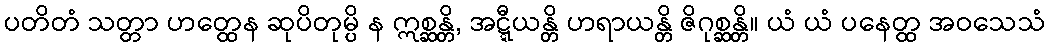
ပတိတံ သတ္တာ ဟတ္ထေန ဆုပိတုမ္ပိ န ဣစ္ဆန္တိ, အဋ္ဋီယန္တိ ဟရာယန္တိ ဇိဂုစ္ဆန္တိ။ ယံ ယံ ပနေတ္ထ အဝသေသံ